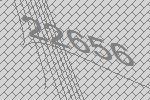
22656